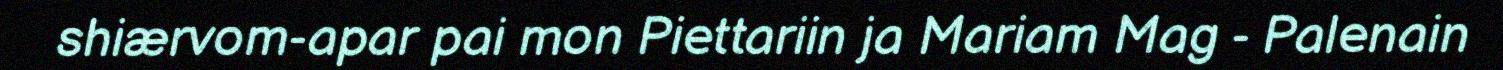
shiærvom-apar pai mon Piettariin ja Mariam Mag - Palenain